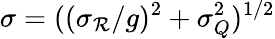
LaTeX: \sigma=((\sigma_{\mathcal{R}}/g)^{2}+\sigma_{Q}^{2})^{1/2}